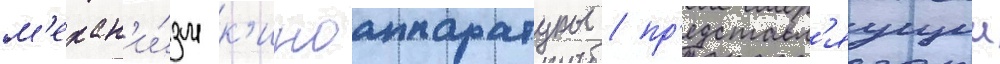
м'ехан'и́зм к'иноаппаратуры / пр'едставл'яущии